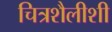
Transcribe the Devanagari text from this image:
चित्रशैलीशी